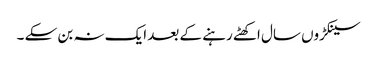
سینکڑوں سال اکھٹے رہنے کے بعد ایک نہ بن سکے ۔